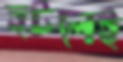
হটলেই